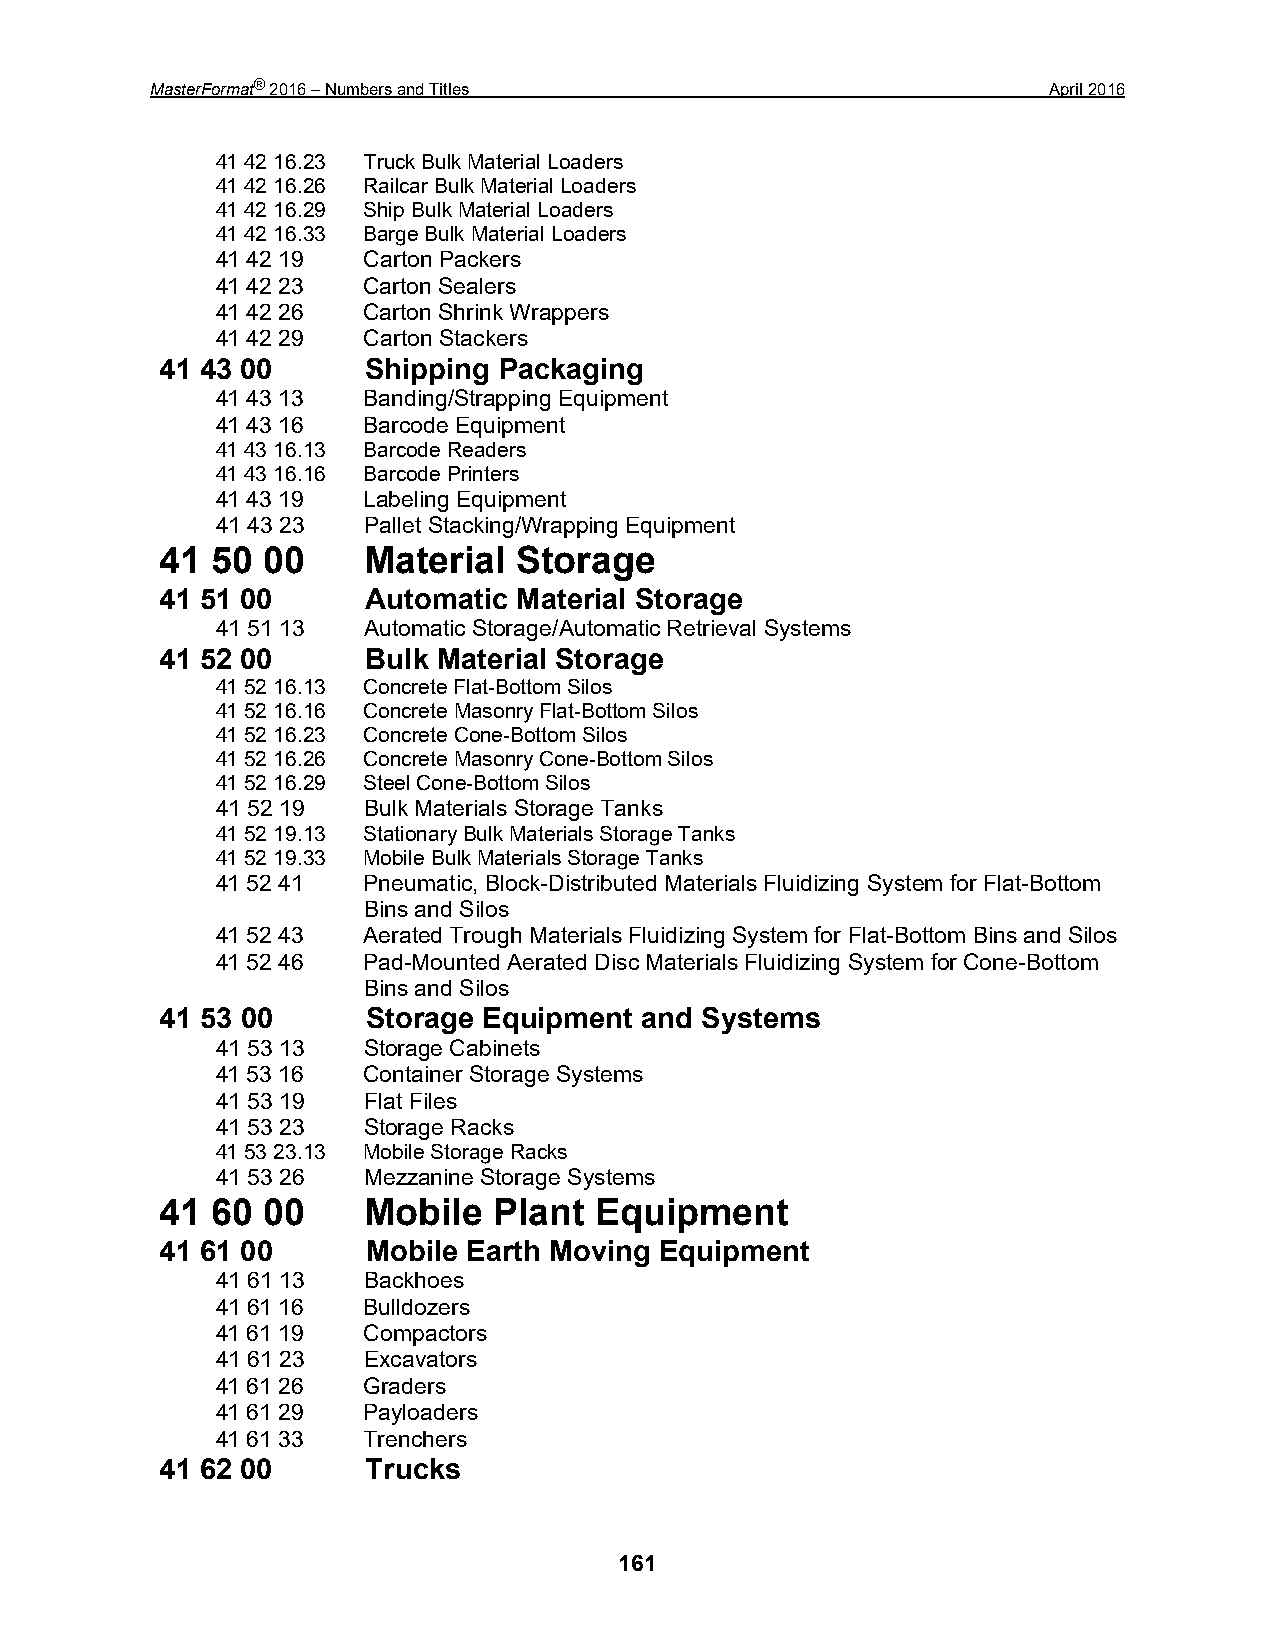
MasterFormat® 2016 – Numbers and Titles                     April 2016
 41 42 16.23 Truck Bulk Material Loaders
 41 42 16.26 Railcar Bulk Material Loaders
 41 42 16.29 Ship Bulk Material Loaders
 41 42 16.33 Barge Bulk Material Loaders
 41 42 19  Carton Packers
 41 42 23  Carton Sealers
 41 42 26  Carton Shrink Wrappers
 41 42 29  Carton Stackers
 41 43 00     Shipping Packaging
 41 43 13  Banding/Strapping Equipment
 41 43 16  Barcode Equipment
 41 43 16.13 Barcode Readers
 41 43 16.16 Barcode Printers
 41 43 19  Labeling Equipment
 41 43 23  Pallet Stacking/Wrapping Equipment
 41 50 00     Material  Storage
 41 51 00     Automatic Material Storage
 41 51 13  Automatic Storage/Automatic Retrieval Systems
 41 52 00     Bulk Material Storage
 41 52 16.13 Concrete Flat-Bottom Silos
 41 52 16.16 Concrete Masonry Flat-Bottom Silos
 41 52 16.23 Concrete Cone-Bottom Silos
 41 52 16.26 Concrete Masonry Cone-Bottom Silos
 41 52 16.29 Steel Cone-Bottom Silos
 41 52 19  Bulk Materials Storage Tanks
 41 52 19.13 Stationary Bulk Materials Storage Tanks
 41 52 19.33 Mobile Bulk Materials Storage Tanks
 41 52 41  Pneumatic, Block-Distributed Materials Fluidizing System for Flat-Bottom
 Bins and Silos
 41 52 43  Aerated Trough Materials Fluidizing System for Flat-Bottom Bins and Silos
 41 52 46  Pad-Mounted Aerated Disc Materials Fluidizing System for Cone-Bottom
 Bins and Silos
 41 53 00     Storage Equipment and Systems
 41 53 13  Storage Cabinets
 41 53 16  Container Storage Systems
 41 53 19  Flat Files
 41 53 23  Storage Racks
 41 53 23.13 Mobile Storage Racks
 41 53 26  Mezzanine Storage Systems
 41 60 00     Mobile   Plant Equipment
 41 61 00     Mobile Earth Moving Equipment
 41 61 13  Backhoes
 41 61 16  Bulldozers
 41 61 19  Compactors
 41 61 23  Excavators
 41 61 26  Graders
 41 61 29  Payloaders
 41 61 33  Trenchers
 41 62 00     Trucks
 161